Scientific memoirs by medical officers of the Army of India - Part VIII,
Year: 1894
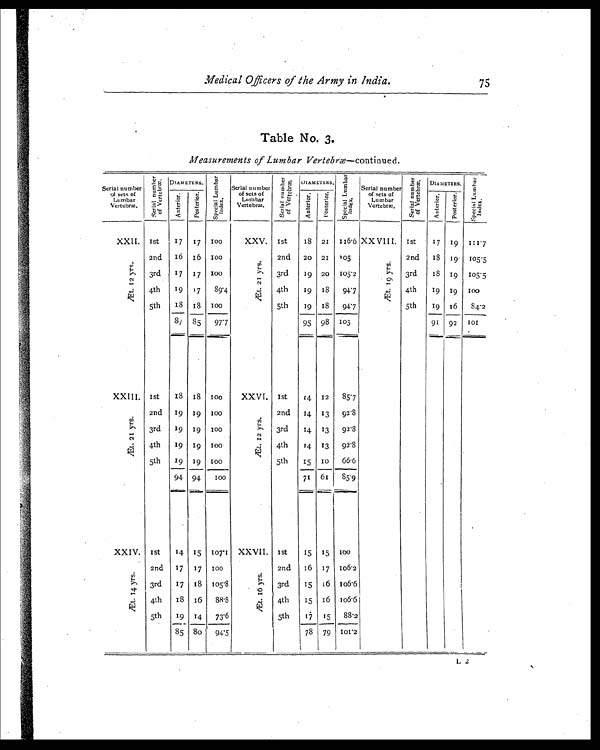
Medical Officers of the Army in India.
Table No. 3.
Measurements of Lumbar Vertebræ—continued.
Serial number
of sets of
Lumbar
Vertebræ.
S e r i a l n u m b e r
o f V e r t e b r æ . DIAMETERS.
S p e c i a l L u m b e r
I n d e x .
Serial number
of sets of
Lumbar
Vertebræ.
S e r i a l n u m b e r
o f V e r t e b r æ . DIAMETERS.
S p e c i a l L u m b e r
I n d e x .
Serial number
of sets of
Lumbar
Vertebræ.
S e r i a l n u m b e r
o f V e r t e b r æ . DIAMETERS.
S p e i c a l L u m b e r
I n d e x .
A n t e r t o r . P o s t e r i o r .
A n t e r i o r . P o s t e r i o r .
A n t e r i o r .
P o s t e r i o r .
XXII. 1st 17 17
1 0 0
XXV. 1st
18 21 116.6 XXVIII. 1st
17 19 111.7
Æ t . 1 2 y r s .
2nd 16 16 100
Æ . 2 1 y r s .
2nd 20 21 105
Æ . t 1 9 y r s . 2nd 18 19 105.5
3rd 17 17
1 0 0
3rd 19 20 105.2
3rd
1 8 19 105.5
4th 19 17 89.4
4th 19 13 94.7
4th 19 19 100
5th
1 8 18
1 0 0
5th 19 18 94.7
5th 19 16 84.2
81 85 97.7
95 98 103
91 92 101
XXIII. 1st
1 8 18
1 0 0
XXVI. 1st 14 12 85.7
Æ t . 2 1 y r s .
2nd 19 19 100
Æ t . 1 2 y r s .
2nd 14 13 92'8
3rd 19 19 100
3rd 14 13 92'3
4th 19 19 100
4th 14 13 92'8
5th 19 19 100
5th 15
1 0 66.6
94 94
1 0 0
71 61 85.9
XXIV. 1st 14 15
1 0 7 . 1 XXVII. 1st
15 15
1 0 0
Æ t . 1 4 y r s .
2nd 17 17
1 0 0
Æ t . 1 6 y r s .
2nd 16 17 106.
3rd 17 18 105.8
3rd 15 16 106.6
4th
1 8 16 88.8
4th 15 16 I06.6
5th 19 14 73.6
5th 17 15 88.2
85 80 94.5
78 79 101.2
L2
75